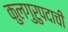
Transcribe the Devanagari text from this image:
कुलगुरुपदाची